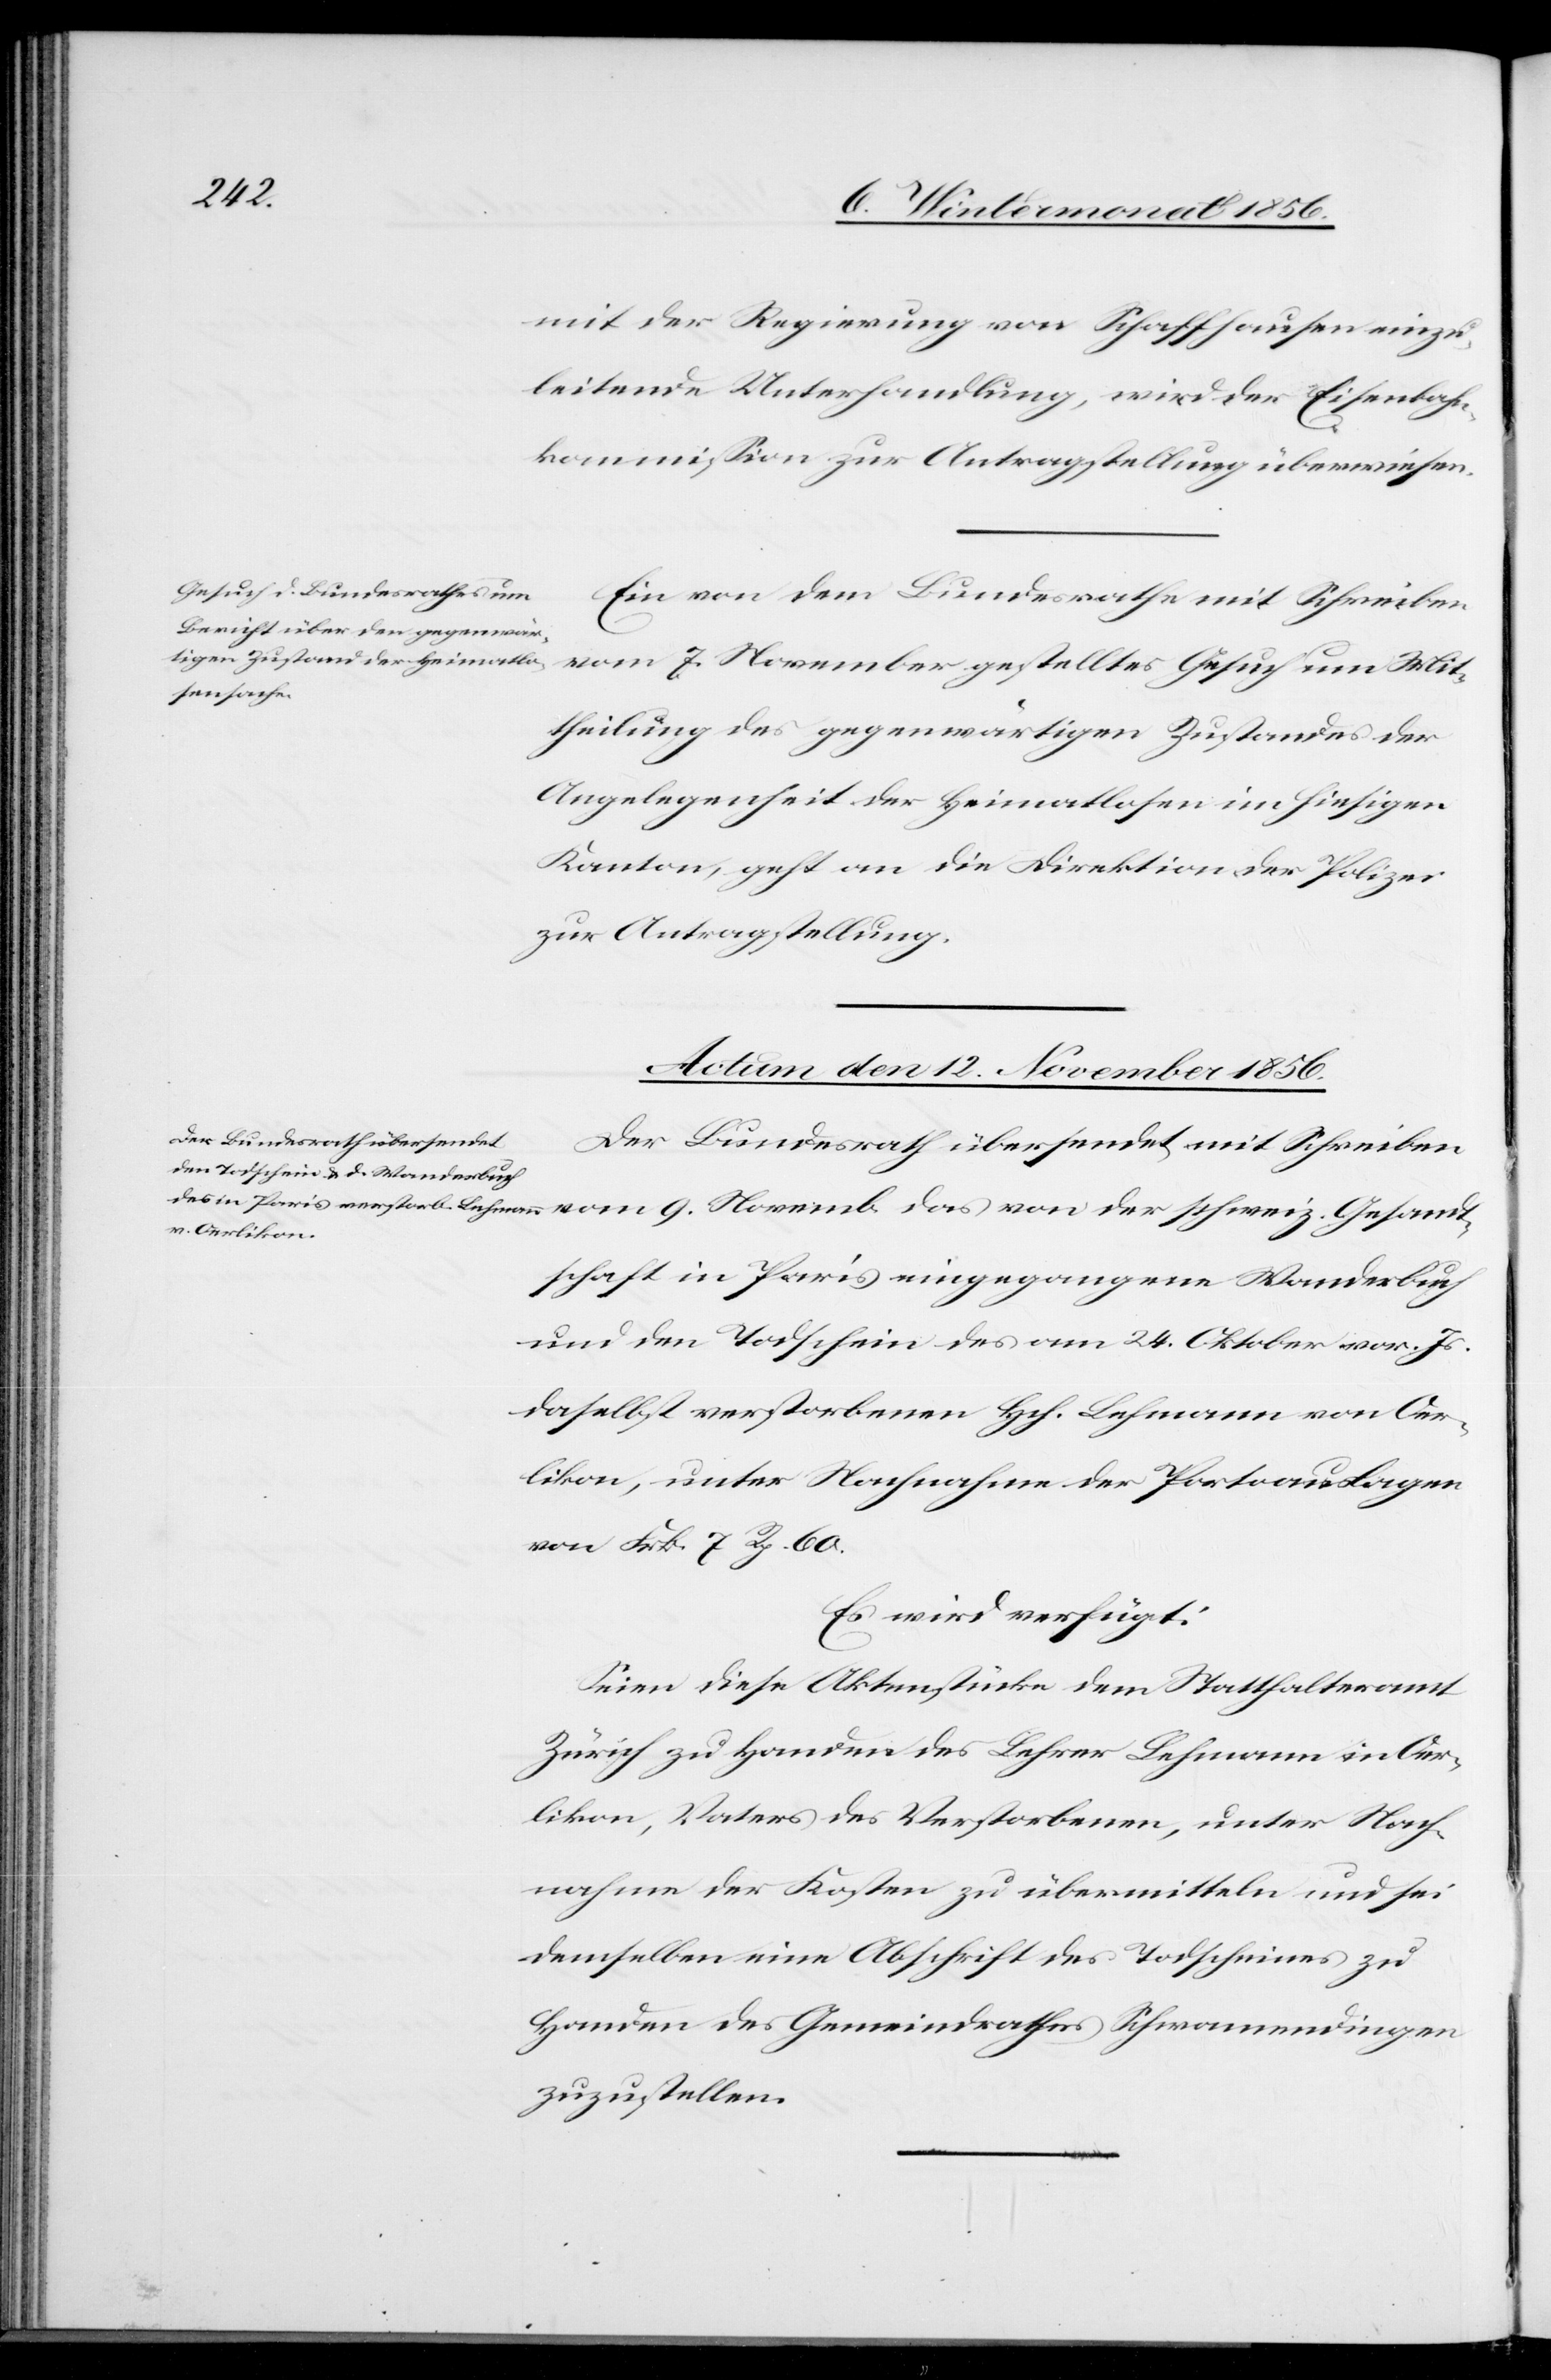
Gesandt¬
10. Wintermonat 1856.]
mit der Regierung von Schaffhausen einzu¬
leitende Unterhandlung, wird der Eisenbahn¬
kommission zur Antragstellung überwiesen.
Ein von dem Bundesrathe mit Schreiben
vom 7. November gestelltes Gesuch um Mit¬
theilung des gegenwärtigen Zustandes der
Angelegenheit der Heimatlosen im hiesigen
Kanton, geht an die Direktion der Polizei
zur Antragstellung.
Actum den 12. November 1856.
Der Bundesrath übersendet mit Schreiben
schaft in Paris eingegangene Wanderbuch
und den Todschein des am 24. Oktober vor. Js.
daselbst verstorbenen Hch. Lehmann von Oer¬
likon, unter Nachnahme der Portoauslagen
von Frk. 7 Rp. 60.
Es wird verfügt:
Seien diese Aktenstücke dem Statthalteramt
Zürich zu Handen des Lehrer Lehmann in Oer¬
likon, Vaters des Verstorbenen, unter Nach¬
nahme der Kosten zu übermitteln und sei
demselben eine Abschrift des Todscheines zu
Handen des Gemeindrathes Schwamendingen
zuzustellen.